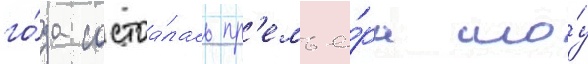
го́да состоа́лась пр'емье́ра шо́у